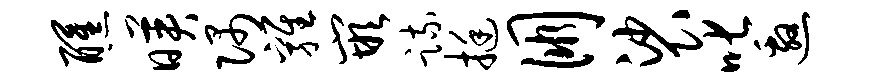
醺映隅鸡嵌疏挺朋裟叱邀